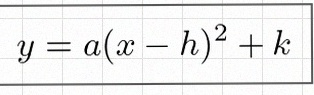
y=a(x-h)^2+k